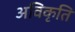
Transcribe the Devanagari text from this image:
अविकृति